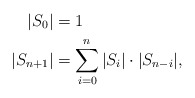
\begin{align*}|S_0|&=1\\|S_{n+1}|&=\sum_{i=0}^n |S_i|\cdot|S_{n-i}|,\end{align*}